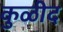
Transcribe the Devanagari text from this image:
कुळीद